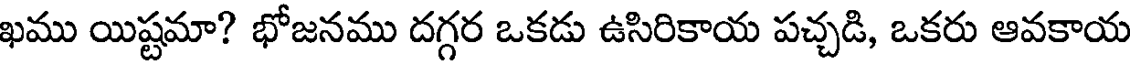
ఖము యిష్టమా? భోజనము దగ్గర ఒకడు ఉసిరికాయ పచ్చడి, ఒకరు ఆవకాయ